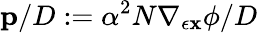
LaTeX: \mathbf{p}/{D}:=\alpha^{2}N\nabla_{\epsilon{\mathbf{x}}}\phi/{D}